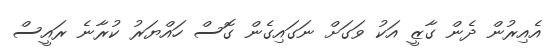
އެއިރުން ދެން ގާޒީ އަކު ވަގަށް ނަގައިގެން ގޮސް ހައްޔަރު ކުރާނެ ރައީސް